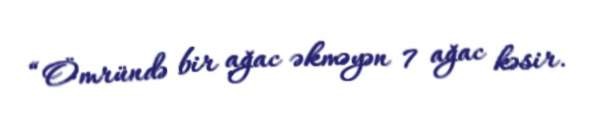
“Ömründə bir ağac əkməyən 7 ağac kəsir.